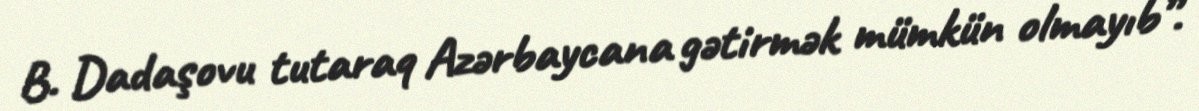
B. Dadaşovu tutaraq Azərbaycana gətirmək mümkün olmayıb”.